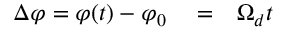
\begin{array} { r l r } { \Delta \varphi = \varphi ( t ) - \varphi _ { 0 } } & { { } = } & { \Omega _ { d } t } \end{array}